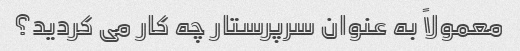
معمولاً به عنوان سرپرستار چه کار می کردید؟